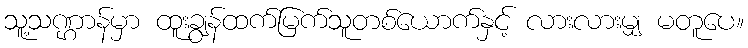
သူ့သဏ္ဌာန်မှာ ထူးချွန်ထက်မြက်သူတစ်ယောက်နှင့် လားလားမျှ မတူပေ။